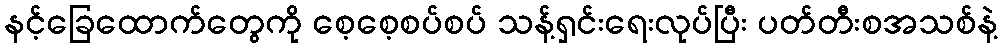
နင့်ခြေထောက်တွေကို စေ့စေ့စပ်စပ် သန့်ရှင်းရေးလုပ်ပြီး ပတ်တီးစအသစ်နဲ့